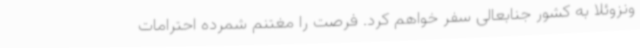
ونزوئلا به کشور جنابعالی سفر خواهم کرد. فرصت را مغتنم شمرده احترامات